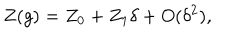
Z ( g ) = Z _ { 0 } + Z _ { 1 } \delta + O ( \delta ^ { 2 } ) ,